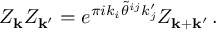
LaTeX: Z _ { { \bf k } } Z _ { { \bf k } ^ { \prime } } = e ^ { \pi i k _ { i } \tilde { \theta } ^ { i j } k _ { j } ^ { \prime } } Z _ { { \bf k } + { \bf k } ^ { \prime } } \, .